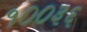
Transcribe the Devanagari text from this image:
१००३६